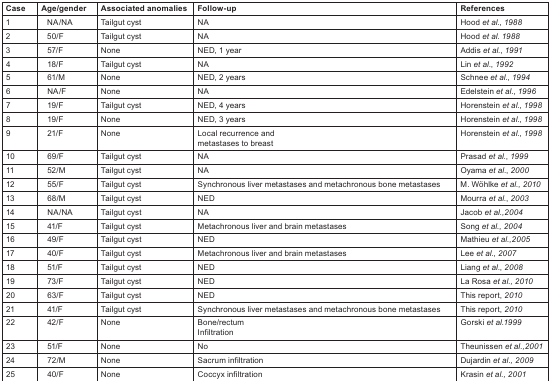
| Case | Age/gender | Associated anomalies | Follow-up | References |
 | --- | --- | --- | --- | --- |
 | 1 | NA/NA | Tailgut cyst | NA | Hood et al., 1988 |
 | 2 | 50/F | Tailgut cyst | NA | Hood et al. 1988 |
 | 3 | 57/F | None | NED, 1 year | Addis et al., 1991 |
 | 4 | 18/F | Tailgut cyst | NA | Lin et al., 1992 |
 | 5 | 61/M | None | NED, 2 years | Schnee et al., 1994 |
 | 6 | NA/F | None | NA | Edelstein et al., 1996 |
 | 7 | 19/F | Tailgut cyst | NED, 4 years | Horenstein et al., 1998 |
 | 8 | 19/F | None | NED, 3 years | Horenstein et al., 1998 |
 | 9 | 21/F | None | Local recurrence and metastases to breast | Horenstein et al., 1998 |
 | 10 | 69/F | Tailgut cyst | NA | Prasad et al., 1999 |
 | 11 | 52/M | Tailgut cyst | NA | Oyama et al., 2000 |
 | 12 | 55/F | Tailgut cyst | Synchronous liver metastases and metachronous bone metastases | M. Wöhlke et al., 2010 |
 | 13 | 68/M | Tailgut cyst | NED | Mourra et al., 2003 |
 | 14 | NA/NA | Tailgut cyst | NA | Jacob et al.,2004 |
 | 15 | 41/F | Tailgut cyst | Metachronous liver and brain metastases | Song et al., 2004 |
 | 16 | 49/F | Tailgut cyst | NED | Mathieu et al.,2005 |
 | 17 | 40/F | Tailgut cyst | Metachronous liver and brain metastases | Lee et al., 2007 |
 | 18 | 51/F | Tailgut cyst | NED | Liang et al., 2008 |
 | 19 | 73/F | Tailgut cyst | NED | La Rosa et al., 2010 |
 | 20 | 63/F | Tailgut cyst | NED | This report, 2010 |
 | 21 | 41/F | Tailgut cyst | Synchronous liver metastases and metachronous bone metastases | This report, 2010 |
 | 22 | 42/F | None | Bone/rectum Infiltration | Gorski et al.1999 |
 | 23 | 51/F | None | No | Theunissen et al.,2001 |
 | 24 | 72/M | None | Sacrum infiltration | Dujardin et al., 2009 |
 | 25 | 40/F | None | Coccyx infiltration | Krasin et al., 2001 |